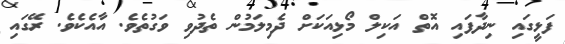
ފަޅީގައި ނިދާފައި އޮތް އަކިލް މޯޅިއަކަށް ދެމިލަމުން ތެދުވި ވަގުތެވެ. އާއެކެވެ. ރޭގައި